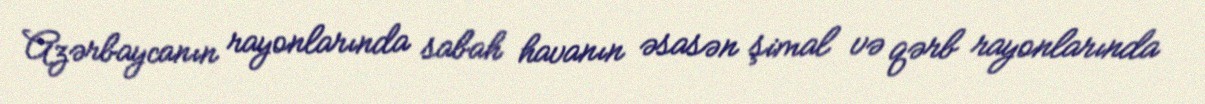
Azərbaycanın rayonlarında sabah havanın əsasən şimal və qərb rayonlarında